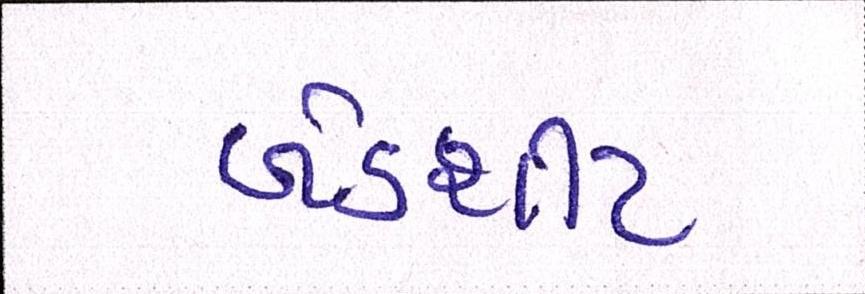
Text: બેડશીટ